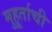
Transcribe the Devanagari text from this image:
मुहूर्ताची